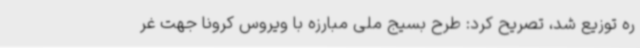
ره توزیع شد، تصریح کرد: طرح بسیج ملی مبارزه با ویروس کرونا جهت غر